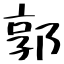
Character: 郭